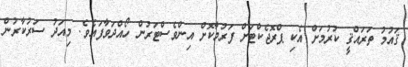
ޤައުމު ތަރައްޤީ ކުރުމަށް އެކި ޕްރޮޖެކްޓަށް ފަރުމާކޮށް އިންވެސްޓަރުން ހޯއްދަވާފައެވެ. މިއަދު ސަރުކާރުން